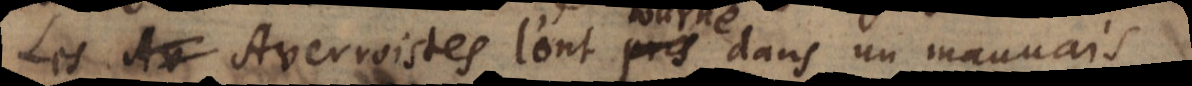
Les Averroistes l’ont pris dans un mauva